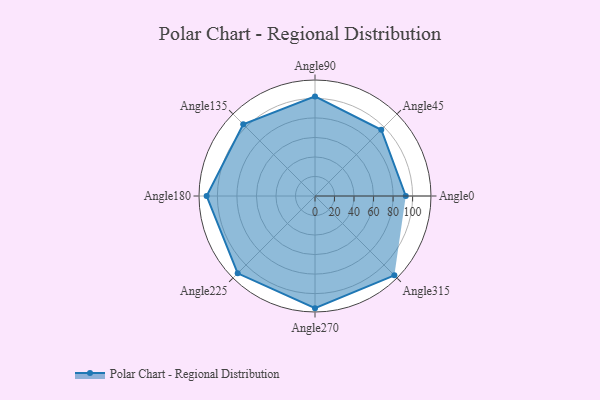
{"axis": {"x": "Angle", "y": "Radius"}, "legend": [""], "data": [{"x": "Angle0", "y": 93.0, "type": ""}, {"x": "Angle45", "y": 96.0, "type": ""}, {"x": "Angle90", "y": 102.0, "type": ""}, {"x": "Angle135", "y": 104.0, "type": ""}, {"x": "Angle180", "y": 111.0, "type": ""}, {"x": "Angle225", "y": 112.0, "type": ""}, {"x": "Angle270", "y": 115.0, "type": ""}, {"x": "Angle315", "y": 115.0, "type": ""}]}